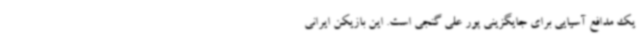
یک مدافع آسیایی برای جایگزینی پور علی گنجی است. این بازیکن ایرانی